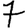
Digit: 7